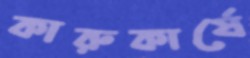
কারুকার্যে